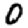
Digit: 0